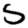
Digit: 5